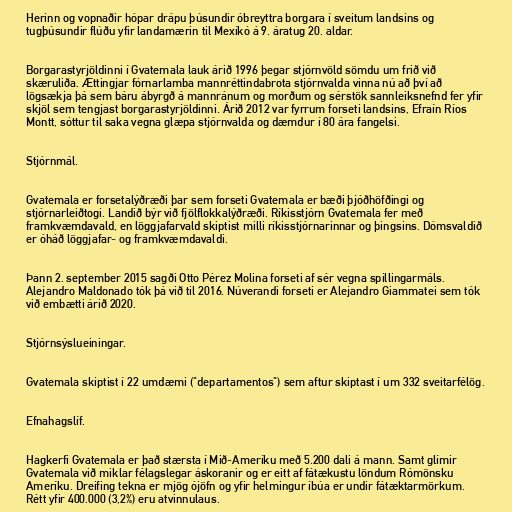
Herinn og vopnaðir hópar drápu þúsundir óbreyttra borgara í sveitum landsins og
tugþúsundir flúðu yfir landamærin til Mexíkó á 9. áratug 20. aldar.

Borgarastyrjöldinni í Gvatemala lauk árið 1996 þegar stjórnvöld sömdu um frið við
skæruliða. Ættingjar fórnarlamba mannréttindabrota stjórnvalda vinna nú að því að
lögsækja þá sem báru ábyrgð á mannránum og morðum og sérstök sannleiksnefnd fer yfir
skjöl sem tengjast borgarastyrjöldinni. Árið 2012 var fyrrum forseti landsins, Efraín Ríos
Montt, sóttur til saka vegna glæpa stjórnvalda og dæmdur í 80 ára fangelsi.

Stjórnmál.

Gvatemala er forsetalýðræði þar sem forseti Gvatemala er bæði þjóðhöfðingi og
stjórnarleiðtogi. Landið býr við fjölflokkalýðræði. Ríkisstjórn Gvatemala fer með
framkvæmdavald, en löggjafarvald skiptist milli ríkisstjórnarinnar og þingsins. Dómsvaldið
er óháð löggjafar- og framkvæmdavaldi.

Þann 2. september 2015 sagði Otto Pérez Molina forseti af sér vegna spillingarmáls.
Alejandro Maldonado tók þá við til 2016. Núverandi forseti er Alejandro Giammatei sem tók
við embætti árið 2020.

Stjórnsýslueiningar.

Gvatemala skiptist í 22 umdæmi ("departamentos") sem aftur skiptast í um 332 sveitarfélög.

Efnahagslíf.

Hagkerfi Gvatemala er það stærsta í Mið-Ameríku með 5.200 dali á mann. Samt glímir
Gvatemala við miklar félagslegar áskoranir og er eitt af fátækustu löndum Rómönsku
Ameríku. Dreifing tekna er mjög ójöfn og yfir helmingur íbúa er undir fátæktarmörkum.
Rétt yfir 400.000 (3,2%) eru atvinnulaus.